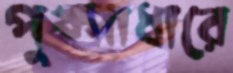
পুষ্পাধারে